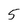
Character: 5